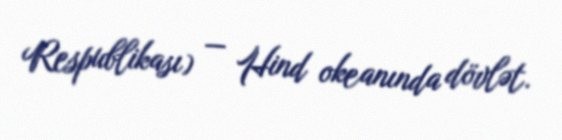
Respublikası) — Hind okeanında dövlət.